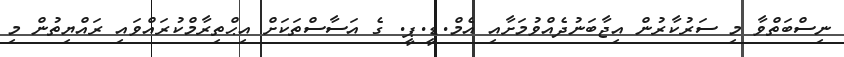
ނިސްބަތްވާ މި ސަރުކާރުން އިޖާބަނުދެއްވުމަށާއި އެމް.ޑީ.ޕީ. ގެ އަސާސްތަކަށް އިޙްތިރާމްކުރައްވައި ރައްޔިތުން މި